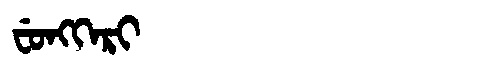
Manchu: ᠸᡠᠩᡴᡝᡵᡳ
Romanization: FUNGKERI